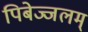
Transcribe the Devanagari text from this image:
पिबेज्जलम्